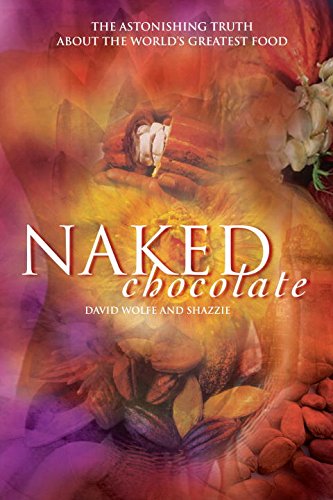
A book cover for Naked Chocolate: The Astonishing Truth About the World's Greatest Food; David Wolfe; Cookbooks, Food & Wine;